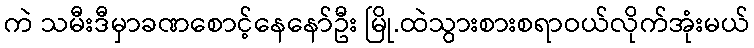
ကဲ သမီးဒီမှာခဏစောင့်နေနော်ဦး မြို.ထဲသွားစားစရာဝယ်လိုက်အုံးမယ်